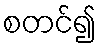
စတင်၍